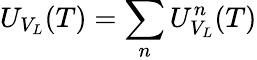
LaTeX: U_{V_{L}}(T)=\sum_{n}U_{V_{L}}^{n}(T)